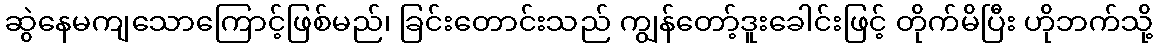
ဆွဲနေမကျသောကြောင့်ဖြစ်မည်၊ ခြင်းတောင်းသည် ကျွန်တော့်ဒူးခေါင်းဖြင့် တိုက်မိပြီး ဟိုဘက်သို့